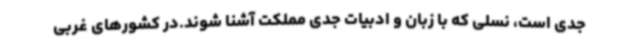
جدی است، نسلی که با زبان و ادبیات جدی مملکت آشنا شوند.در کشورهای غربی